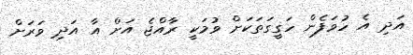
އަދި އެ ހުވަފެން ހަގީގަތަކަށް ވުމަކީ ރާއްޖެ އަށް އާ އަދި ވަރަށް